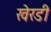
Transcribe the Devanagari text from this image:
खेरडी